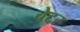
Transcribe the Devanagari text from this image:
चेटर